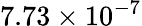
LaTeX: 7.73\times 10^{-7}